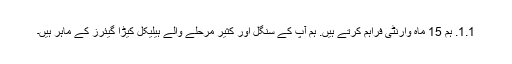
1.1. ہم 15 ماہ وارنٹی فراہم کرتے ہیں. ہم آپ کے سنگل اور کثیر مرحلے والے ہیلیکل کیڑا گیئرز کے ماہر ہیں۔